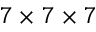
7 \times 7 \times 7